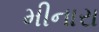
મીનારા